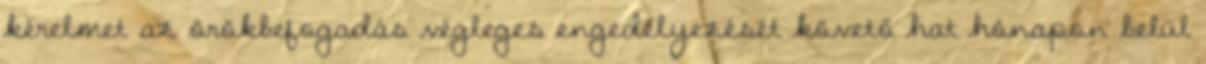
kérelmet az örökbefogadás végleges engedélyezését követő hat hónapon belül